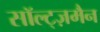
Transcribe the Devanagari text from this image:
सॉल्ट्ज़मैन